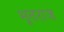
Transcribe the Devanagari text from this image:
भूतराज